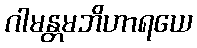
ဂါမန္တမဘိဟာရယေ